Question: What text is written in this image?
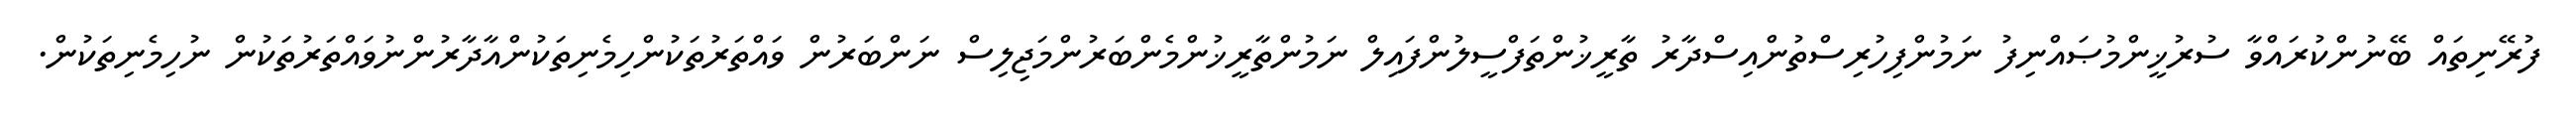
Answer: ފުރޭނިތައް ބޭނުންކުރައްވާ ސުރުޚީންމުޞައްނިފު ނަމުންފިހުރިސްތުންއިސްދާރު ތާރީޚުންތަފްސީލުންފައިލް ނަމުންތާރީޚުންމެންބަރުންމަޖިލިސް ނަންބަރުން ވައްތަރުތަކުންހިމެނިތަކުންއާދާރުންނުވައްތަރުތަކުން ނުހިމެނިތަކުން.